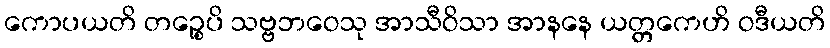
ကောပယတိ တဉ္စေပိ သဗ္ဗဘဝေသု အာသီဝိသာ အာနနေ ယတ္တကေဟိ ဝဒီယတိ